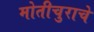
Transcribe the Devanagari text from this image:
मोतीचुराचे